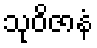
သုဝိဇာနံ